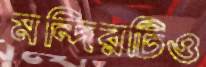
মন্দিরটিও